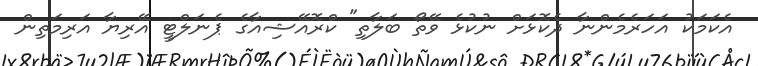
އެކަމަކު އަހަރެމެންނާ ދެކޮޅަށް ނުކުޅެ ވޭތޯ ބަލާތި" ކްރޮއޭޝިއާގެ ޕެނަލްޓީ އޭރިޔާ އަރިމަތިން